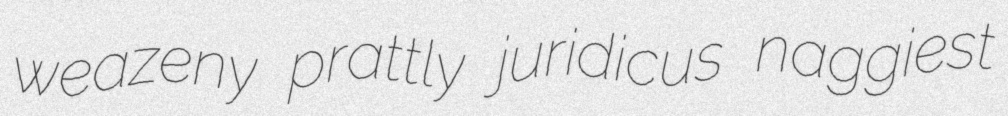
weazeny prattly juridicus naggiest